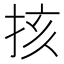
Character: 㧡